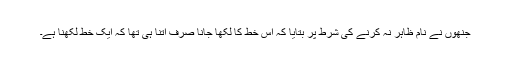
جنھوں نے نام ظاہر نہ کرنے کی شرط پر بتایا کہ اس خط کا لکھا جانا صرف اتنا ہی تھا کہ ایک خط لکھنا ہے۔